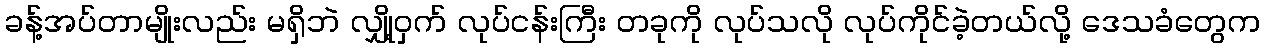
ခန့်အပ်တာမျိုးလည်း မရှိဘဲ လျှို့ဝှက် လုပ်ငန်းကြီး တခုကို လုပ်သလို လုပ်ကိုင်ခဲ့တယ်လို့ ဒေသခံတွေက